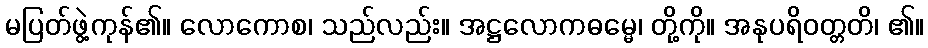
မပြတ်ဖွဲ့ကုန်၏။ လောကောစ၊ သည်လည်း။ အဋ္ဌလောကဓမ္မေ၊ တို့ကို။ အနုပရိဝတ္တတိ၊ ၏။